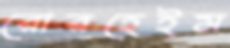
রোরহেইম